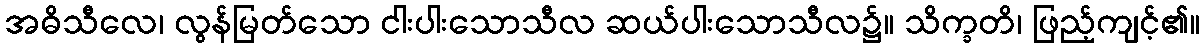
အဓိသီလေ၊ လွန်မြတ်သော ငါးပါးသောသီလ ဆယ်ပါးသောသီလ၌။ သိက္ခတိ၊ ဖြည့်ကျင့်၏။